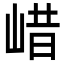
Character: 㟙